Leaving Certificate Examination (including Day School Certificate (Higher) General paper), 1932
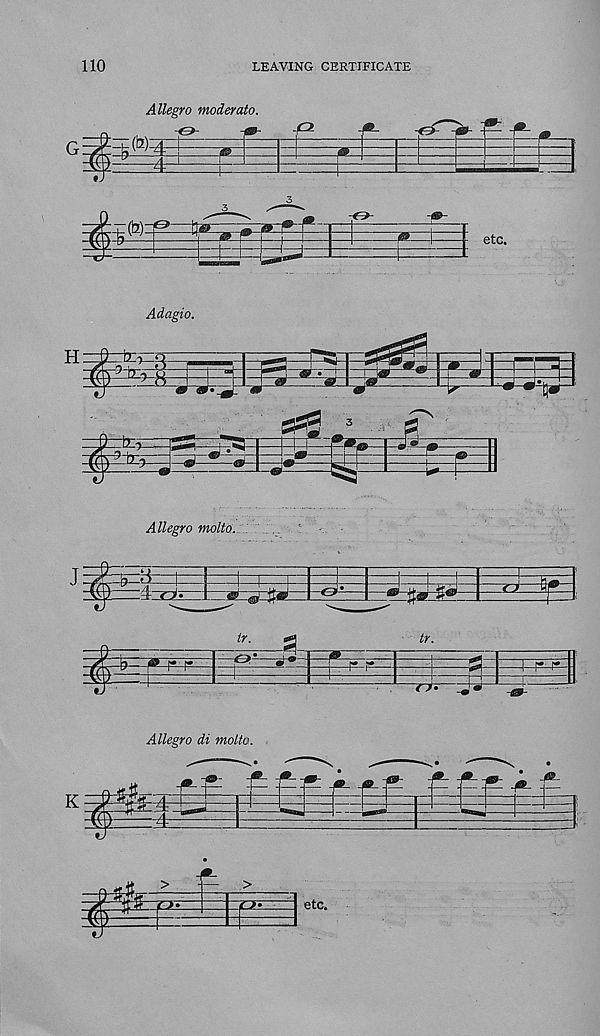
110
LEAVING CERTIFICATE
(b):
etc.
Allegro molto.
Allegro di molto.